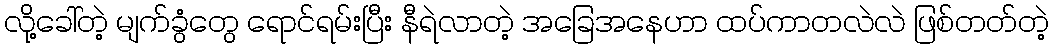
လို့ခေါ်တဲ့ မျက်ခွံတွေ ရောင်ရမ်းပြီး နီရဲလာတဲ့ အခြေအနေဟာ ထပ်ကာတလဲလဲ ဖြစ်တတ်တဲ့